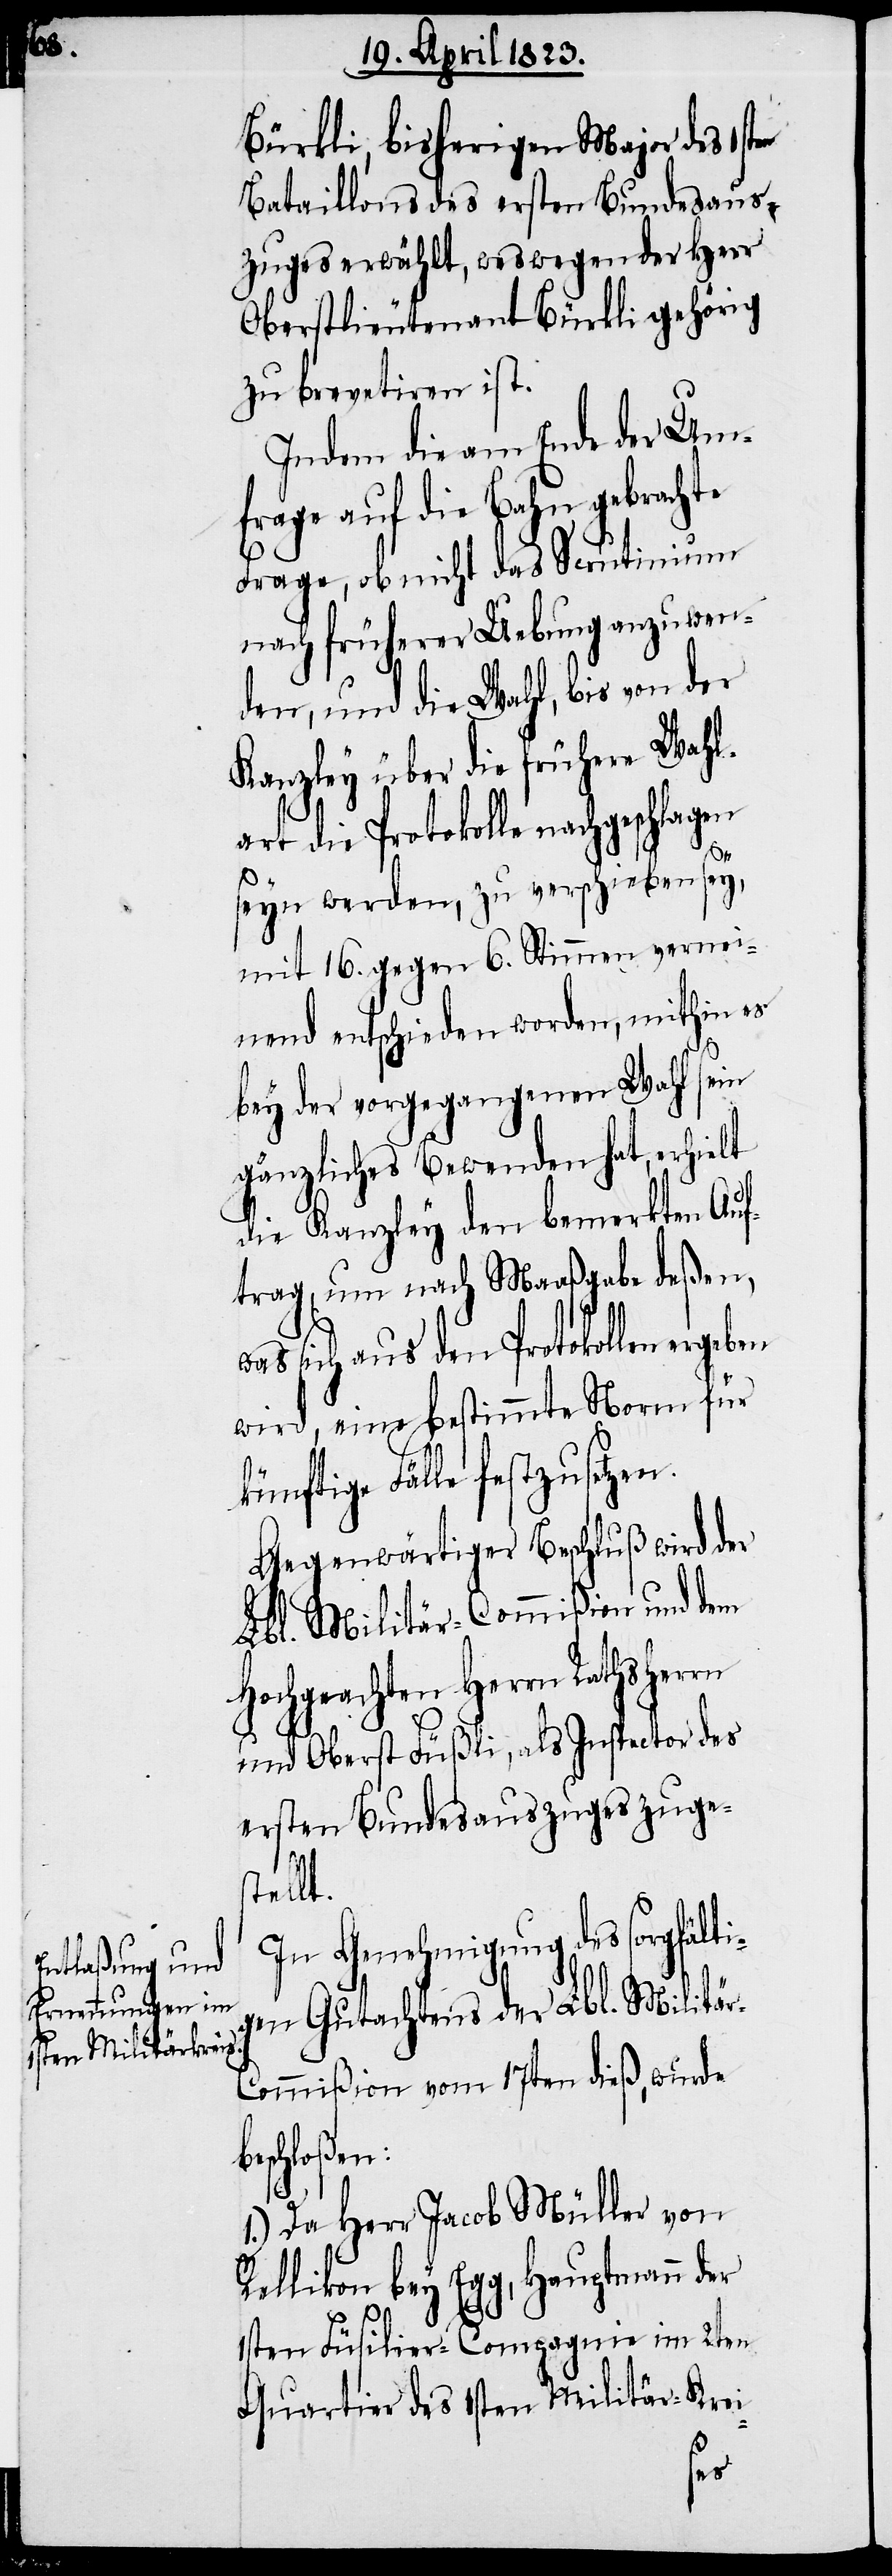
k¬

Bürkli, bisherigen Major des 1sten
Bataillons des ersten Bundesaus¬
zuges erwählt, weswegen der Herr
Oberstlieutenant Bürkli gehörig
zu brevetiren ist.
Indem die am Ende der Um¬
frage auf die Bahn gebrachte
nach früherer Uebung anzuwen¬
den, und die Wahl, bis von der
Kanzley über die frühere Wahl¬
art die Protokolle nachgeschlagen
seyn werden, zu verschieben sey,
mit 16. gegen 6. Stimmen vernei¬
nend entschieden worden, mithin es
bey der vorgegangenen Wahl sein
gänzliches Bewenden hat, erhielt
die Kanzley den bemerkten Auf¬
trag um nach Maaßgabe deßen,
sich aus den Protokollen erge¬
wird, eine bestimmte Norm für
ünftige Fälle festzusetzen.
Gegenwärtiger Beschluß wird der
Lbl. Militär-Commißion und dem
Hochgeachten Herrn Rathsherrn
und Oberst Füßli, als Inspector des
ersten Bundesauszuges zuges¬
tellt.
In Genehmigung des sorgfälti¬
gen Gutachtens der Lbl. Militä¬
r-Commißion vom 17ten dieß, wurde
beschloßen:
1.) Da Herr Jacob Müller von
Rellikon bey Egg, Hauptmann der
1sten Füsilier-Compagnie im 2ten
Quartier des 1sten Militär-Krei-
ben